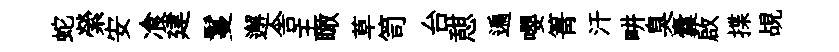
蛇縈安飡建鬘邂舎主瞰草笥台憇遍嚶箐汗畊臭囊啟揲覘